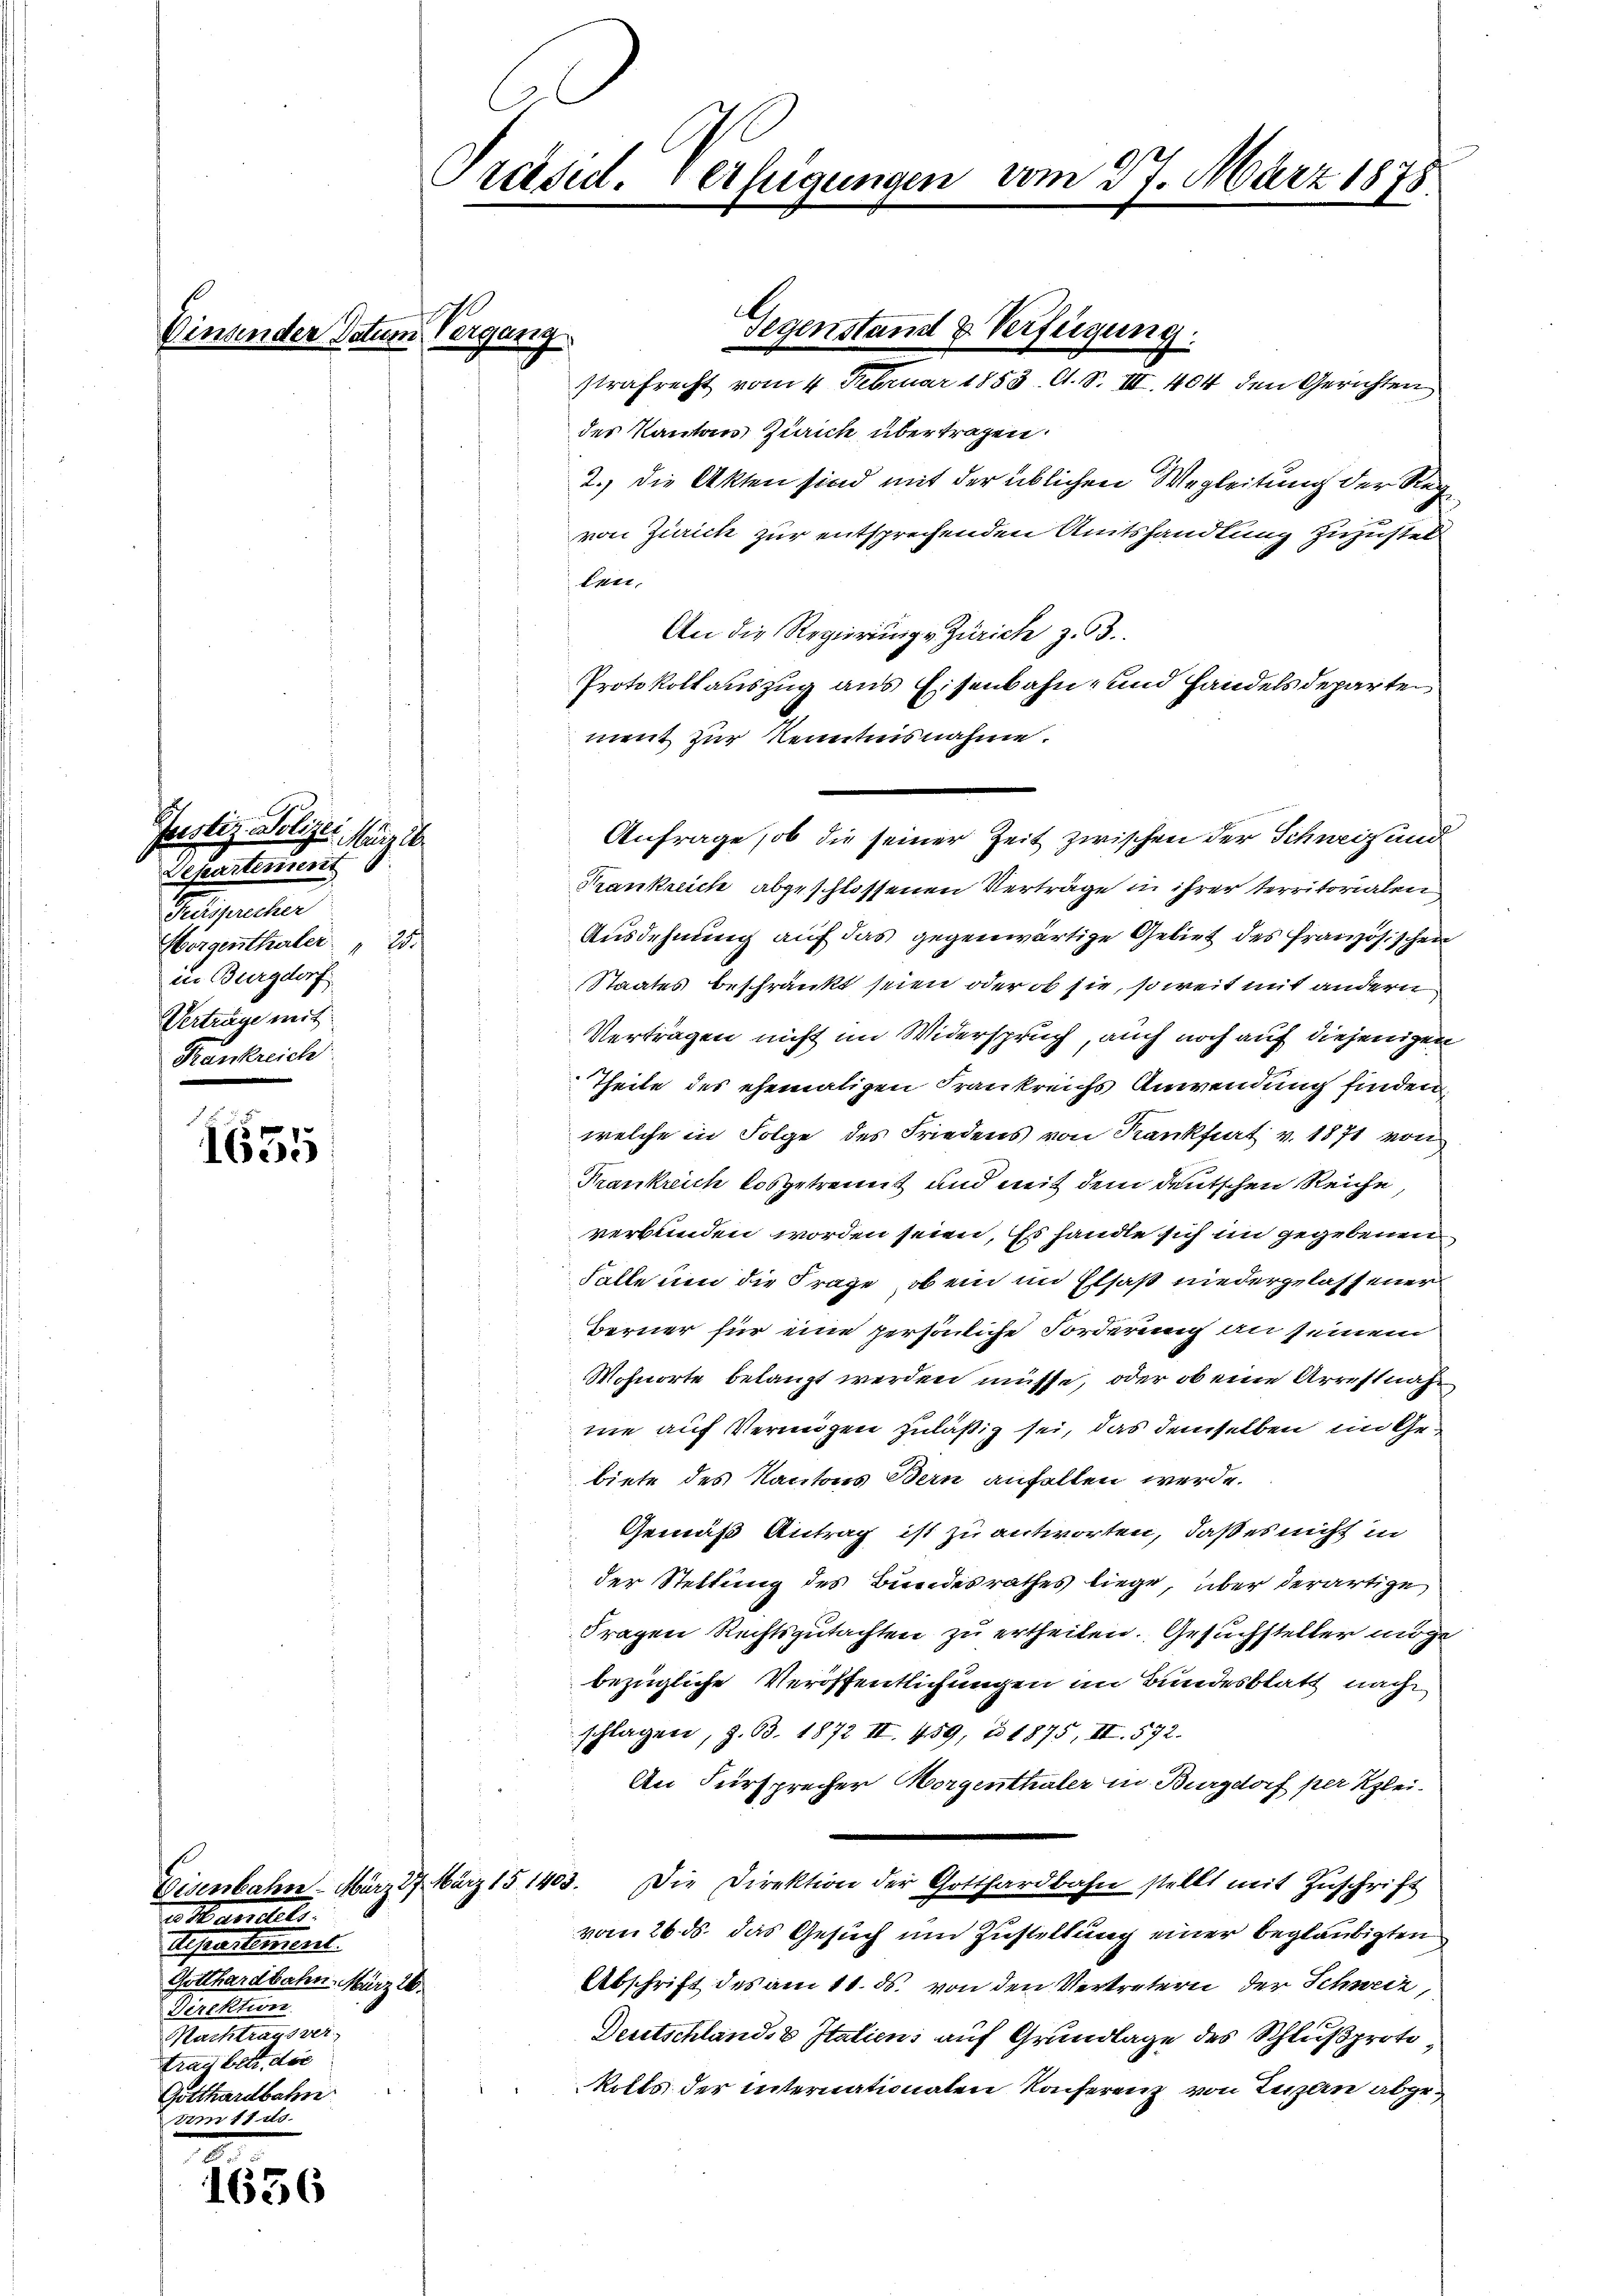
Pertig Polizei Marzil
Departement
Gesprecher
Hörgenthaler 25
in Burgdorf
Verträge mit
Krankreich

1655

2
1656

Einander Datum Vergang

1
de seinen seinen ent
Gotthardbahn. März 26.
Direktion
Nachtragsver
trag betr. die
Gotthardbahn

Previd. Verfügunge

des Kanton Zürich übertragen.
2.) Die Akten sind mit der üblichen Wegleitung der Reg
von Zürich zur entsprechenden Amtshandlung zuzustel
len.
An die Regierung Zürich z. 3.
Protokollauszug aus Eisenbahn- und Handelsdeparten
ment zur Kenntnisnahme.
Krankreich abgeschlossenen Verträge in ihrer territorialen
Ausdehnung auf das gegenwärtige Gebiet des französischen
Staates beschränkt seien oder ob sie, soweit mit andern
Verträgen nicht im Widerspruch, auch noch auf diejenigen
Theile des ehemaligen Frankreichs Anwendung finden
welche in Folge des Friedens von Kankfurt v. 1871 von
Frankreich losgetrennt und mit dem deutschen Reiche,
verbunden worden seien, Es handle sich im gegebenen
Falle um die Frage, ob ein im Elsaß niedergelassener
Berner für eine persönliche Forderung an seinem
Wohnorte belangt werden müsse, oder ob eine Arrestnahnie auf Vermögen zuläßig sei, das demselben im Gebiete des Kantons Bern anfallen werde.
Gemäß Antrag ist zu antworten, daß es nicht in
der Stellung des Bundesrathes liege, über derartige
Fragen Rechtsgutachten zu ertheilen. Gesuchsteller möge
bezügliche Veröffentlichungen im Bundesblatt nach
schlagen, z. 63. 1872 II. 459, No 1875, II. 572.
An Fürsprecher Morgenthaler in Burgdorf per Klei-
Eisenbahn. März 17 März 15 1403. Die Direktion der Gotthardbahn stellt mit Zŭschrift
vom 26. ds. das Gesuch um Zustellung einer beglaubigten
Abschrift des am 11. ds. von den Vertretern der Schweiz,
Deutschland, Italiens auf Grundlage des Schlußproto
kolls der internationalen Konferenz von Luzern abge¬

Gegenstand & Verfügung.
strafrecht vom 4. Februar 1853. C. S. III. 404 den Gerichten

vom 27. März 1878.

Anfrage, ob die seiner Zeit zwischen der Schweiz und